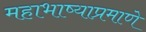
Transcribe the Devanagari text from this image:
महाभाष्याप्रमाणे